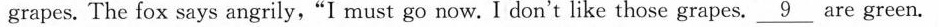
grapes. The fox says angrily,“I must go now. I don't like those grapes. \underline{9} are green.